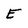
Character: E